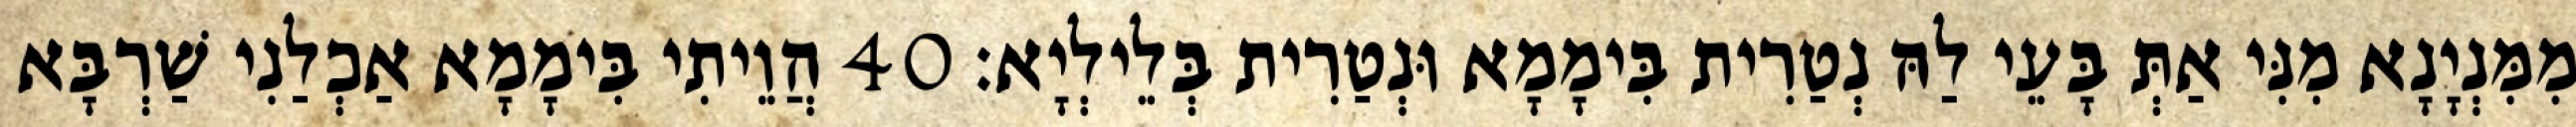
מִמִּנְיָנָא מִנִּי אַתְּ בָּעֵי לַהּ נְטַרִית בִּימָמָא וּנְטַרִית בְּלֵילְיָא׃ 40 הֲוֵיתִי בִּימָמָא אַכְלַנִי שַׁרְבָּא